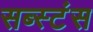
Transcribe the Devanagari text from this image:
सब्स्टंस